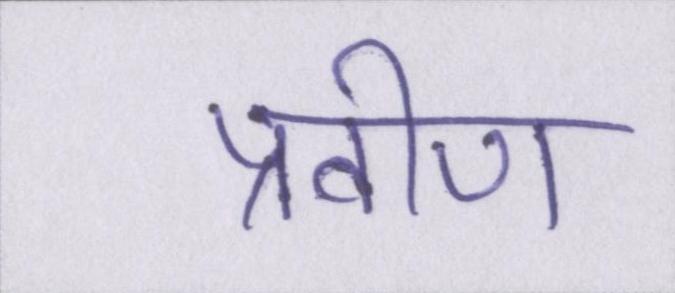
प्रवीण